38_143685_box_Incident_Summaries_101-172
Agency: Department of War
Page 17
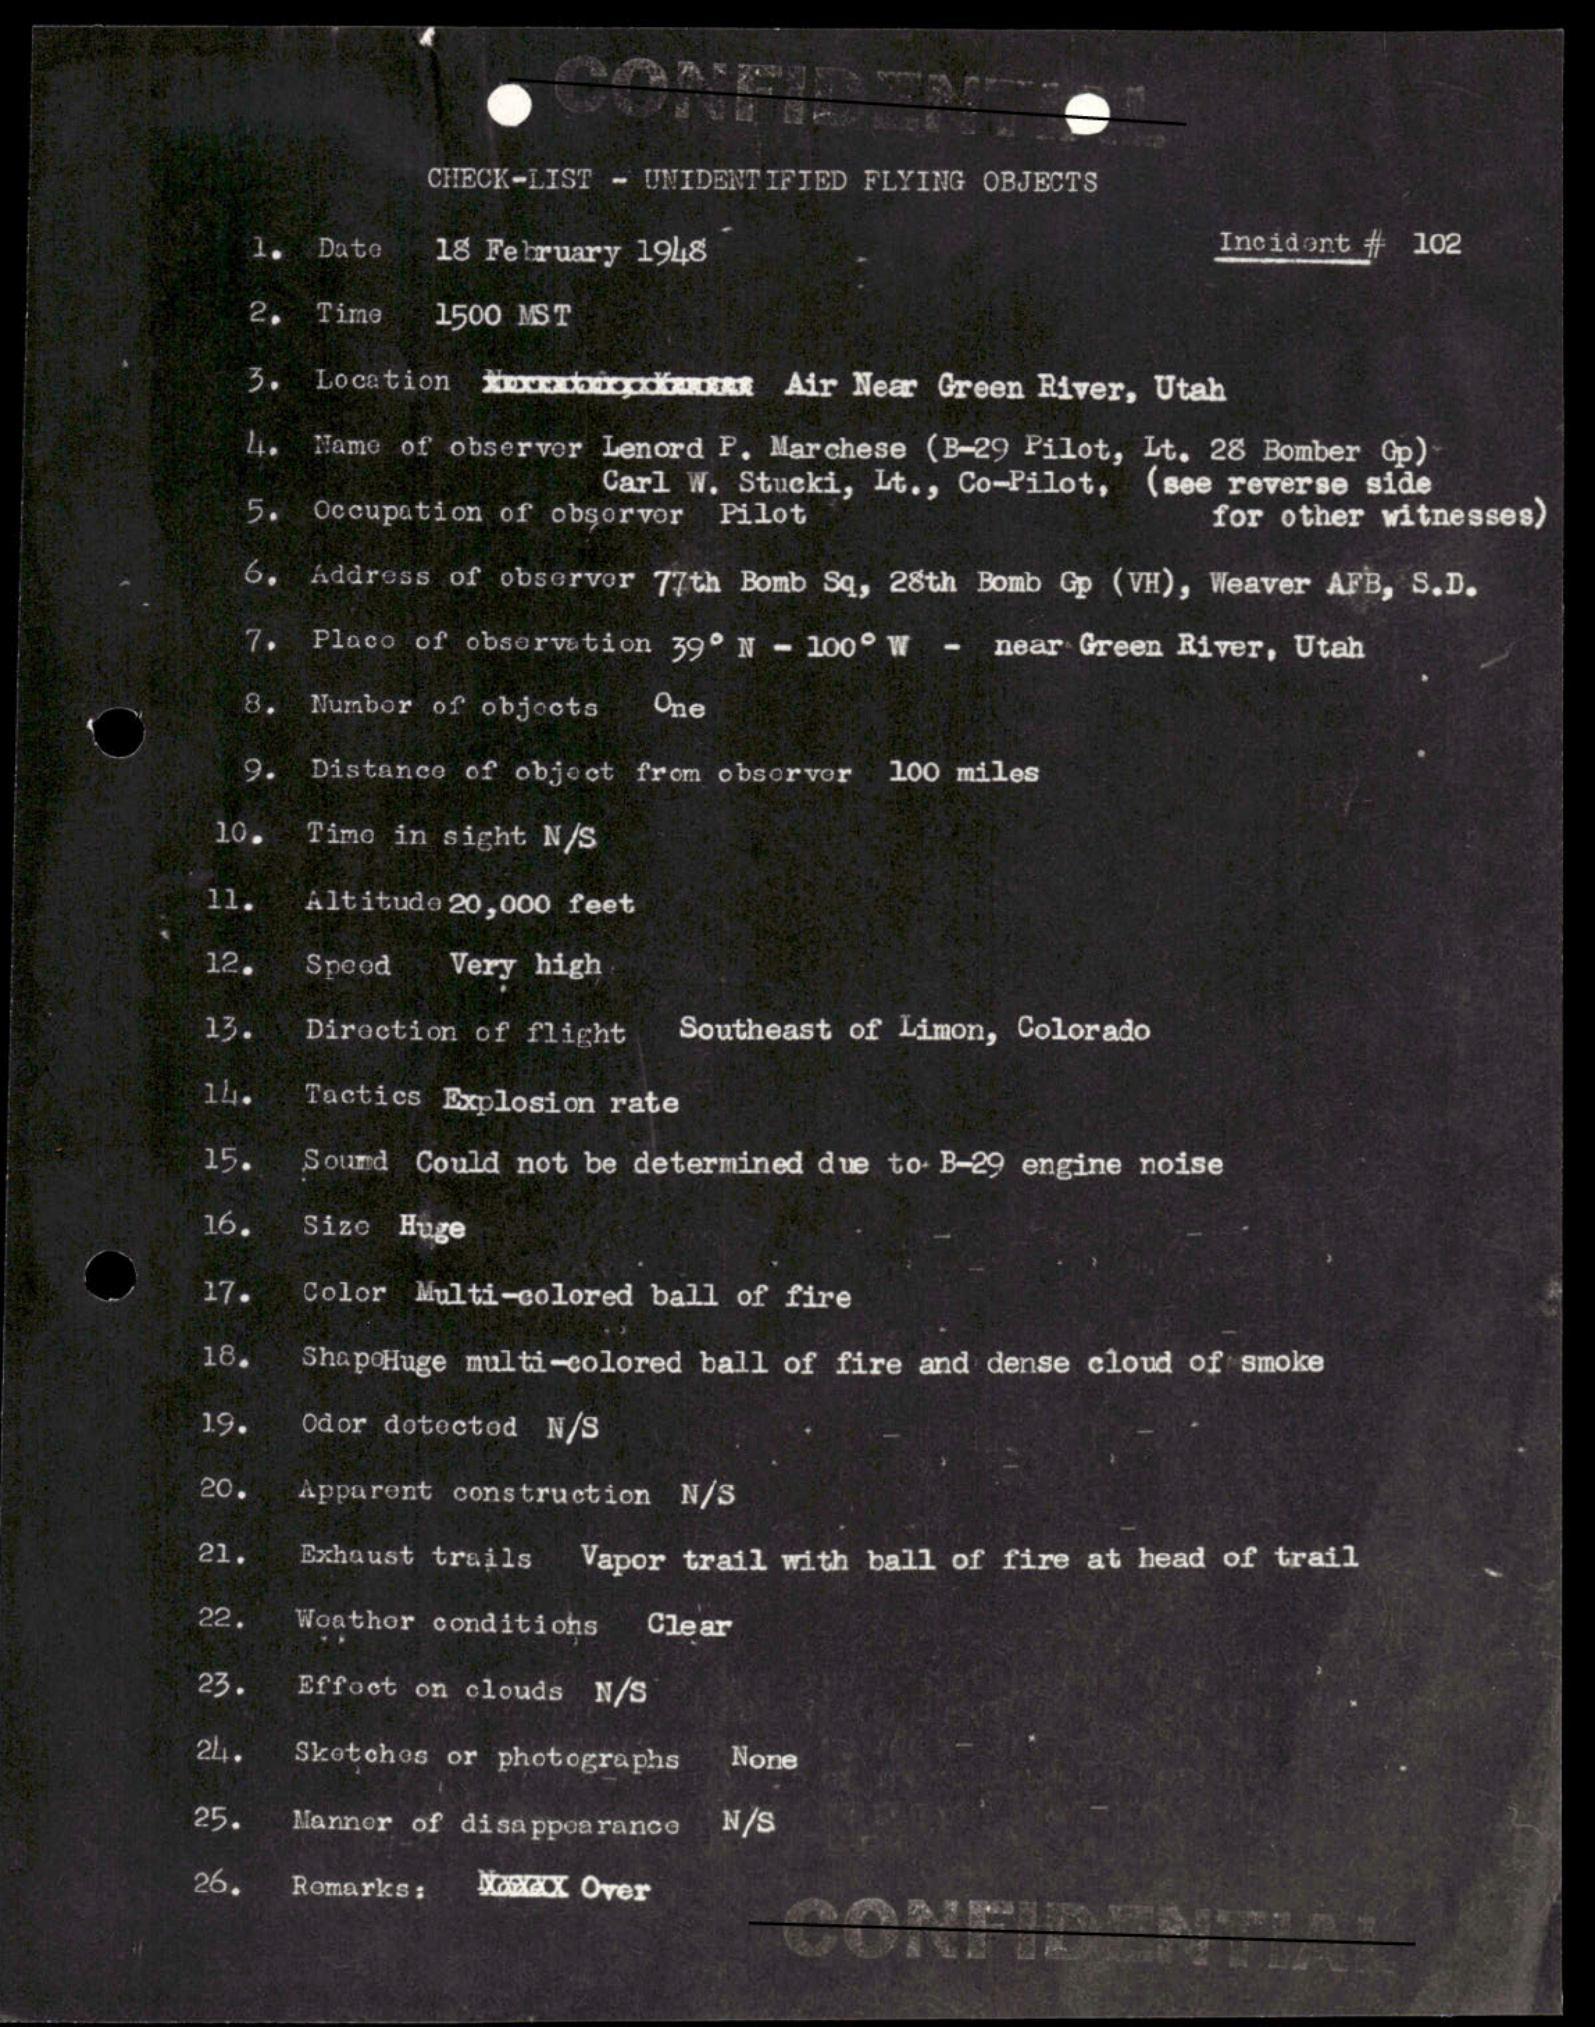